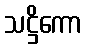
သဋ္ဌိကော